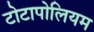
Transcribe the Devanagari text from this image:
टोटापोलियम